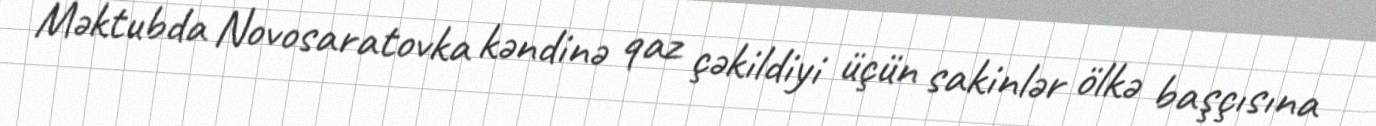
Məktubda Novosaratovka kəndinə qaz çəkildiyi üçün sakinlər ölkə başçısına